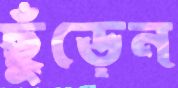
ছুঁড়েন